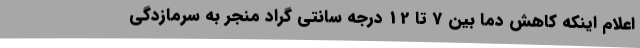
اعلام اینکه کاهش دما بین 7 تا 12 درجه سانتی گراد منجر به سرمازدگی